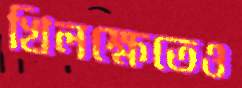
খিলক্ষেতেও